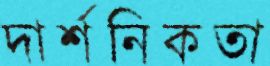
দার্শনিকতা